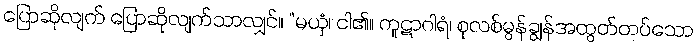
ပြောဆိုလျက် ပြောဆိုလျက်သာလျှင်။ “မယှံ၊ ငါ၏။ ကူဋာဂါရံ၊ စုလစ်မွန်ချွန်အထွတ်တပ်သော